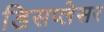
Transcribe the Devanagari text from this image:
डिसप्लेसर